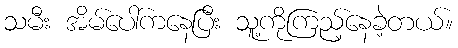
သမီး အိမ်ပေါ်ကနေပြီး သူ့ကိုကြည့်နေခဲ့တယ်။